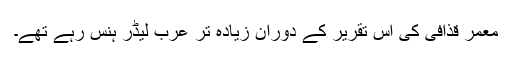
معمر قذافی کی اس تقریر کے دوران زیادہ تر عرب لیڈر ہنس رہے تھے۔